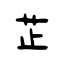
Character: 芷